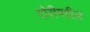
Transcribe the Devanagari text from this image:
दोरीमधील